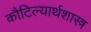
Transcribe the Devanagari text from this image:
कौटिल्यार्थशास्त्र